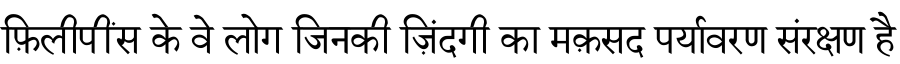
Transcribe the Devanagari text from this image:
फ़िलीपींस के वे लोग जिनकी ज़िंदगी का मक़सद पर्यावरण संरक्षण है